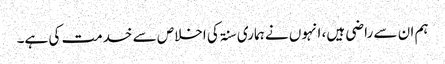
ہم ان سے راضی ہیں، انہوں نے ہماری سنۃ کی اخلاص سے خدمت کی ہے۔